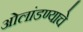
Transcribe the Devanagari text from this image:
ओलांडण्याचे